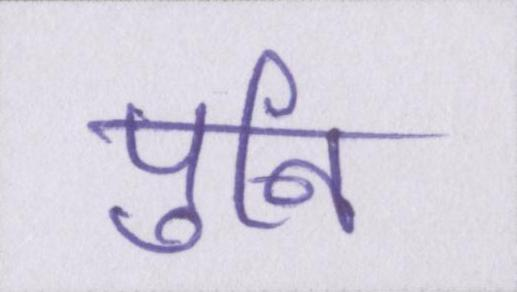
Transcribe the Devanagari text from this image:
पुनि